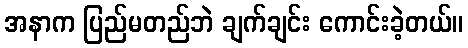
အနာက ပြည်မတည်ဘဲ ချက်ချင်း ကောင်းခဲ့တယ်။